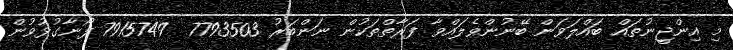
މި އިންޖީނުތައް ބައްލަވަން ބޭނުންވެލައްވާ ފަރާތްތަކުން ނަންބަރު 7793503  7915749 ފޯނާގުޅުވުން